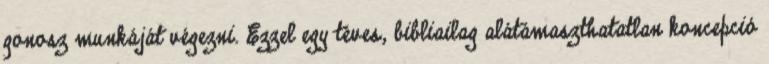
gonosz munkáját végezni. Ezzel egy téves, bibliailag alátámaszthatatlan koncepció